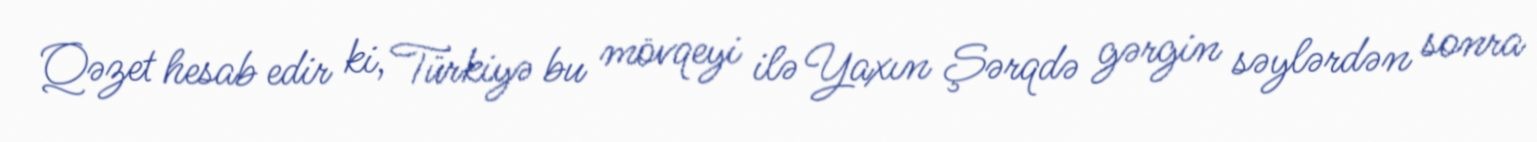
Qəzet hesab edir ki, Türkiyə bu mövqeyi ilə Yaxın Şərqdə gərgin səylərdən sonra